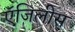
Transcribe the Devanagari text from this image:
ऍजिलीस